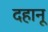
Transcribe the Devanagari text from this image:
दहानू